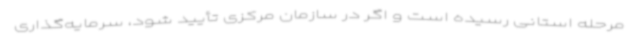
مرحله استانی رسیده است و اگر در سازمان مرکزی تأیید شود، سرمایه‌گذاری